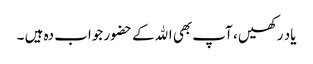
یاد رکھیں ، آپ بھی اﷲکے حضور جواب دہ ہیں ۔